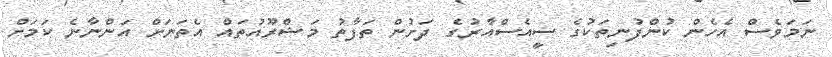
ނަމަވެސް އެހެން ކުންފުނިތަކުގެ ސީއެސްއާރުގެ ދަށުން ތަފާތު މަޝްރޫއުތައް އެތަނަށް އަންނާނެ ކަމަށް